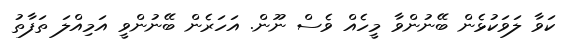
ކަވާ ލަވަކުޅެން ބޭނުންވާ މީހެއް ވެސް ނޫން. އަހަރެން ބޭނުންވީ އަމިއްލަ ތަފާތު